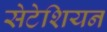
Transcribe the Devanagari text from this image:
सेटेशियन